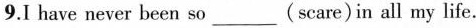
9.I have never been so___(scare)in all my life.